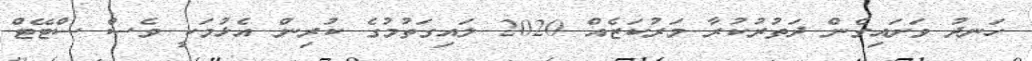
ހަނދު ވަށައިގެން ދަތުރުކުރާ މަރުކަޒެއް 2020 ލައިގަތުމުގެ ކުރިން އެޅުމަކީ ވެސް ސްޓޭޓް